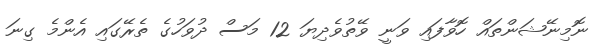
ނޮމިނޭޝަންތައް ހޮވާފައި ވަނީ ވޭތުވެދިޔަ 12 މަސް ދުވަހުގެ ތެރޭގައި އެންމެ ގިނަ